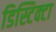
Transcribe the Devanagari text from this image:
डिस्टिक्टा